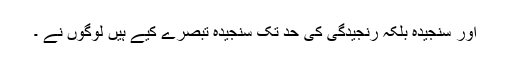
اور سنجیدہ بلکہ رنجیدگی کی حد تک سنجیدہ تبصرے کیے ہیں لوگوں نے ۔